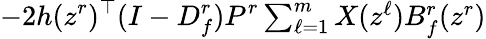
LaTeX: -2h(z^{r})^{\top}(I-D_{f}^{r})P^{r}\textstyle\sum_{\ell=1}^{m}X(z^{\ell})B_{f}^{r}(z^{r})